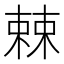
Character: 𣗥